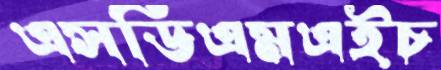
এসডিএমএইচ